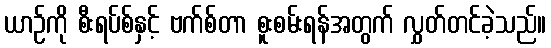
ယာဉ်ကို စီးရပ်စ်နှင့် ဗက်စ်တာ စူးစမ်းရန်အတွက် လွှတ်တင်ခဲ့သည်။